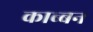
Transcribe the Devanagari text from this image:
काब्बन